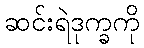
ဆင်းရဲဒုက္ခကို